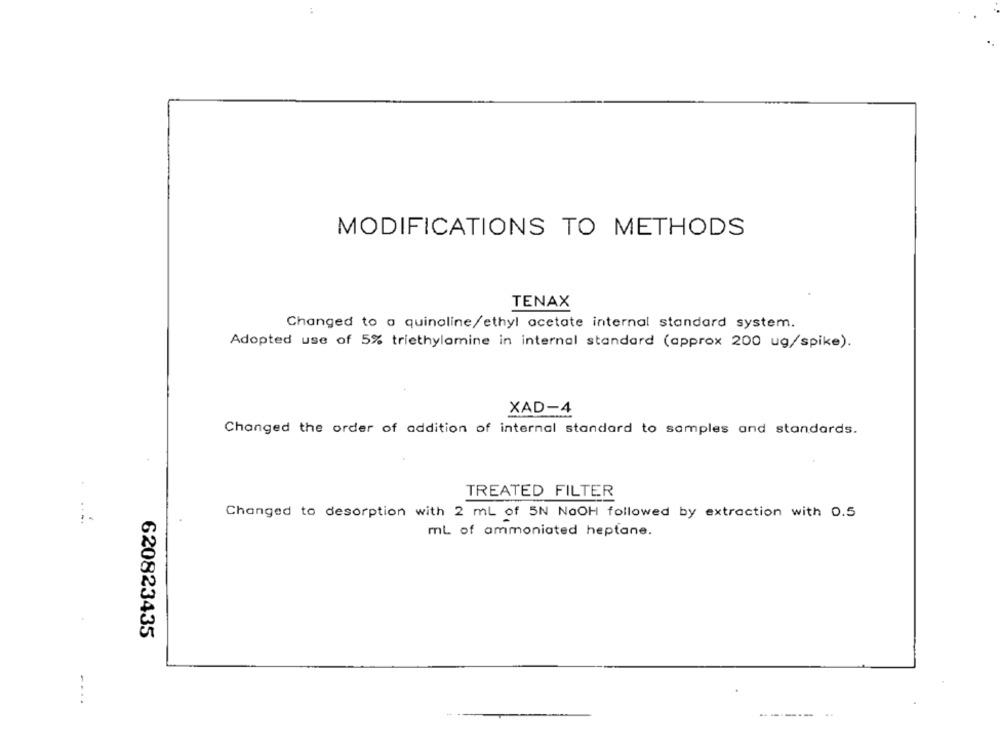
MODIFICATIONS TO METHODS
TENAX
Changed to a quinoline/ethyl acetate internal standard system.
Adopted use of 5% triethylamine in internal standard (approx 200 ug/spike).
XAD-4
Changed the order of addition of internal standard to samples and standards.
TREATED FILTER
Changed to desorption with 2 mL of 5N NaOH followed by extraction with 0.5
ml of ammoniated heptane.
620823435